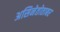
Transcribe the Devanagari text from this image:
असिनेतोताबर